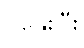
ပူနွေးပြီး